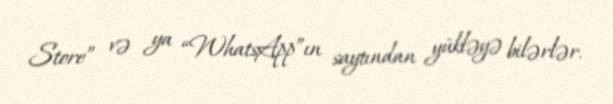
Store” və ya “WhatsApp”ın saytından yükləyə bilərlər.